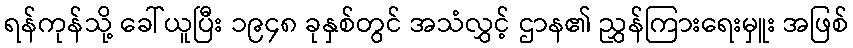
ရန်ကုန်သို့ ခေါ်ယူပြီး ၁၉၄၈ ခုနှစ်တွင် အသံလွှင့် ဌာန၏ ညွှန်ကြားရေးမှူး အဖြစ်